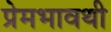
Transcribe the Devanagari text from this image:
प्रेमभावथी